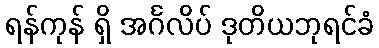
ရန်ကုန် ရှိ အင်္ဂလိပ် ဒုတိယဘုရင်ခံ